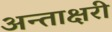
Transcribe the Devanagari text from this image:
अन्ताक्षरी